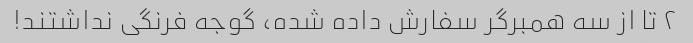
۲ تا از سه همبرگر سفارش داده شده، گوجه فرنگی نداشتند!